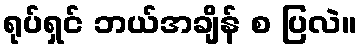
ရုပ်ရှင် ဘယ်အချိန် စ ပြလဲ။